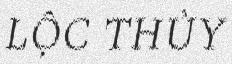
LỘC THỦY